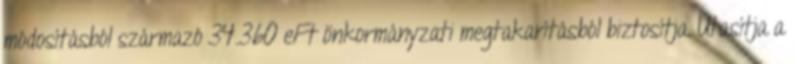
módosításból származó 34.360 eFt önkormányzati megtakarításból biztosítja. Utasítja a